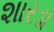
શારડા